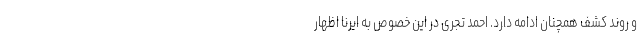
و روند کشف همچنان ادامه دارد. احمد تجری در این خصوص به ایرنا اظهار